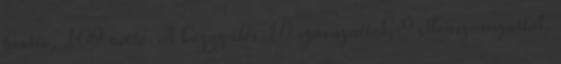
bruttó, 109 nettó. A közgyűlés 10 szavazattal, 9 ellenszavazattal,